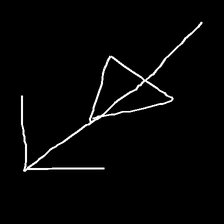
Glyph: pull